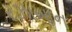
રઝાખાન